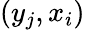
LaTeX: (y_{j},x_{i})